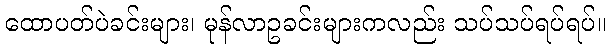
ထောပတ်ပဲခင်းများ၊ မုန်လာဥခင်းများကလည်း သပ်သပ်ရပ်ရပ်။